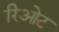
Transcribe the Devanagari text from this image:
रिओट